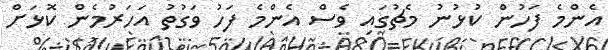
އެންމެ ފަހުން ކުޅުނު މެޗުގައި ވެސް އެންމެ ފަހު ވަގުތު އަހަރުމެން ކޮޅަށް